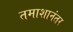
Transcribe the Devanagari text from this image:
तमाशानंतर